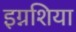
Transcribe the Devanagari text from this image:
इग्नशिया